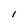
Character: 1